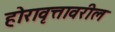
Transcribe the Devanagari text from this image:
होरावृत्तावरील